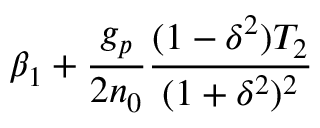
\beta _ { 1 } + \frac { g _ { p } } { 2 n _ { 0 } } \frac { ( 1 - \delta ^ { 2 } ) T _ { 2 } } { ( 1 + \delta ^ { 2 } ) ^ { 2 } }